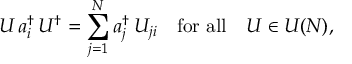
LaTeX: U \, a _ { i } ^ { \dagger } \, U ^ { \dagger } = \sum _ { j = 1 } ^ { N } a _ { j } ^ { \dagger } \, U _ { j i } \quad { \mathrm { f o r ~ a l l } } \quad U \in U ( N ) ,